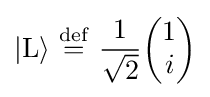
|\mathrm {L} \rangle \ {\stackrel {\mathrm {def} }{=}}\ {1 \over {\sqrt {2}}}{\begin{pmatrix}1\\i\end{pmatrix}}